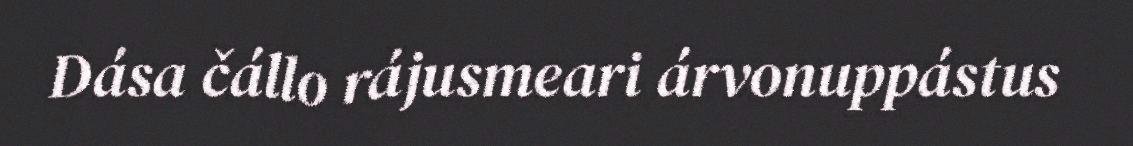
Dása čállo rájusmeari árvonuppástus